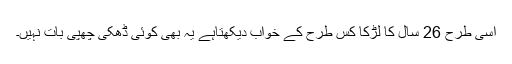
اسی طرح 26 سال کا لڑکا کس طرح کے خواب دیکھتاہے یہ بھی کوئی ڈھکی چھپی بات نہیں۔